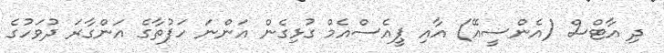
ދި އާޓްސް (އެންސީއޭ) އާއި ޕީއެސްއެމް ގުޅިގެން އަންނަ ހަފުތާގެ އަންގާރަ ދުވަހުގެ